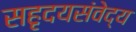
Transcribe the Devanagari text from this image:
सहृदयसंवेद्य